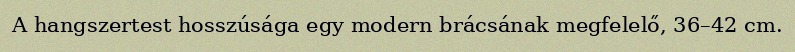
A hangszertest hosszúsága egy modern brácsának megfelelő, 36–42 cm.